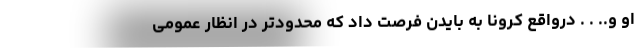
او و.. . . درواقع کرونا به بایدن فرصت داد که محدودتر در انظار عمومی